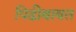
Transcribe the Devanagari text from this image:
पिढीबाबत